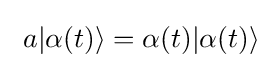
~a|\alpha (t)\rangle =\alpha (t)|\alpha (t)\rangle